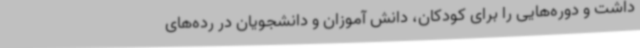
داشت و دوره‌هایی را برای کودکان، دانش آموزان و دانشجویان در رده‌های